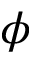
\phi